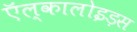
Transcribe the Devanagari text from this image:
ऍल्कालोइड़स